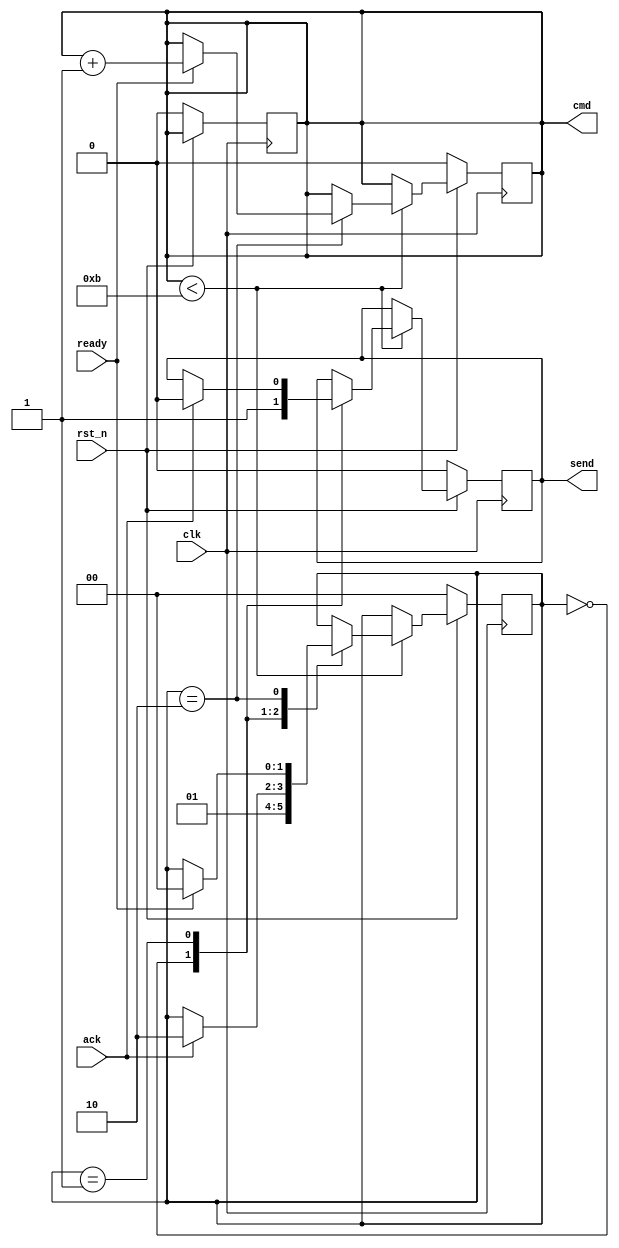
module codec_init_FSM (
    clk,
    rst_n,
	 ack,
	 ready,
    //change_volume, ??
    cmd,
	 send
);

/* Possible commands */
localparam Dummy_DATA	=	0;
localparam SET_LIN_L	=	1;
localparam SET_LIN_R	=	2;
localparam SET_HEAD_L	=	3;
localparam SET_HEAD_R	=	4;
localparam A_PATH_CTRL	=	5;
localparam D_PATH_CTRL	=	6;
localparam POWER_ON	    =	7;
localparam SET_FORMAT	=	8;
localparam SAMPLE_CTRL	=	9;
localparam SET_ACTIVE	=	10;
localparam INIT_CMDS_N	= 11;
//localparam VOL = 7'd120;

/* Ports definition */
input  clk;
input  rst_n;
input ack;
input ready;
output cmd;
output send;
//input  change_volume;

/* Internal regs */
//reg	[15:0]	mI2C_CLK_DIV;
//reg	[23:0]	mI2C_DATA;
//reg			mI2C_CTRL_CLK;
//reg			mI2C_GO;
//reg	[15:0]	LUT_DATA;
//reg	[3:0]	LUT_INDEX;
reg	[1:0]	state_cnt;
reg	cmd_idx;

assign cmd = cmd_idx;

always@(posedge clk) begin	//reset sincrono
    if(!rst_n) begin
        cmd	<=	0;
        state_cnt	<=	0;
		  cmd_idx	<= 0;
        send		<=	0;
    end else begin
        if(cmd_idx < INIT_CMDS_N)
            case(state_cnt)
                0:	begin
                    //cmd_idx	<=	cmd_idx + 4'd1;	//dopo il reset parto da 0 (dummy) dunque il primo giusto è il numero 1
                    send		<=	1;
                    state_cnt	<=	1;
                end
                1:	begin
                    if(ack) begin
                        state_cnt	<=	2;
                        send		<=	0;
                    end
                end
                2:	begin
							if (ready) begin
							  cmd_idx	<=	cmd_idx + 4'd1;
							  state_cnt	<=	0;
							end
						end
            endcase
    end
end

endmodule